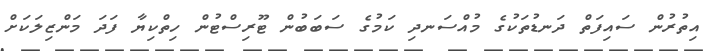
އިތުރުން ސައިފަތް ދަނޑުތަކުގެ މުއްސަނދި ކަމުގެ ސަބަބުން ޓޫރިސްޓުން ހިތްކިޔާ ފަދަ މަންޒިލަކަށް